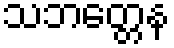
သဘတ္တေန